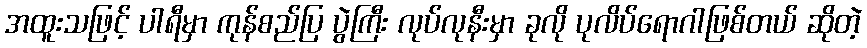
အထူးသဖြင့် ပါရီမှာ ကုန်စည်ပြ ပွဲကြီး လုပ်လုနီးမှာ ခုလို ပုလိပ်ရောဂါဖြစ်တယ် ဆိုတဲ့